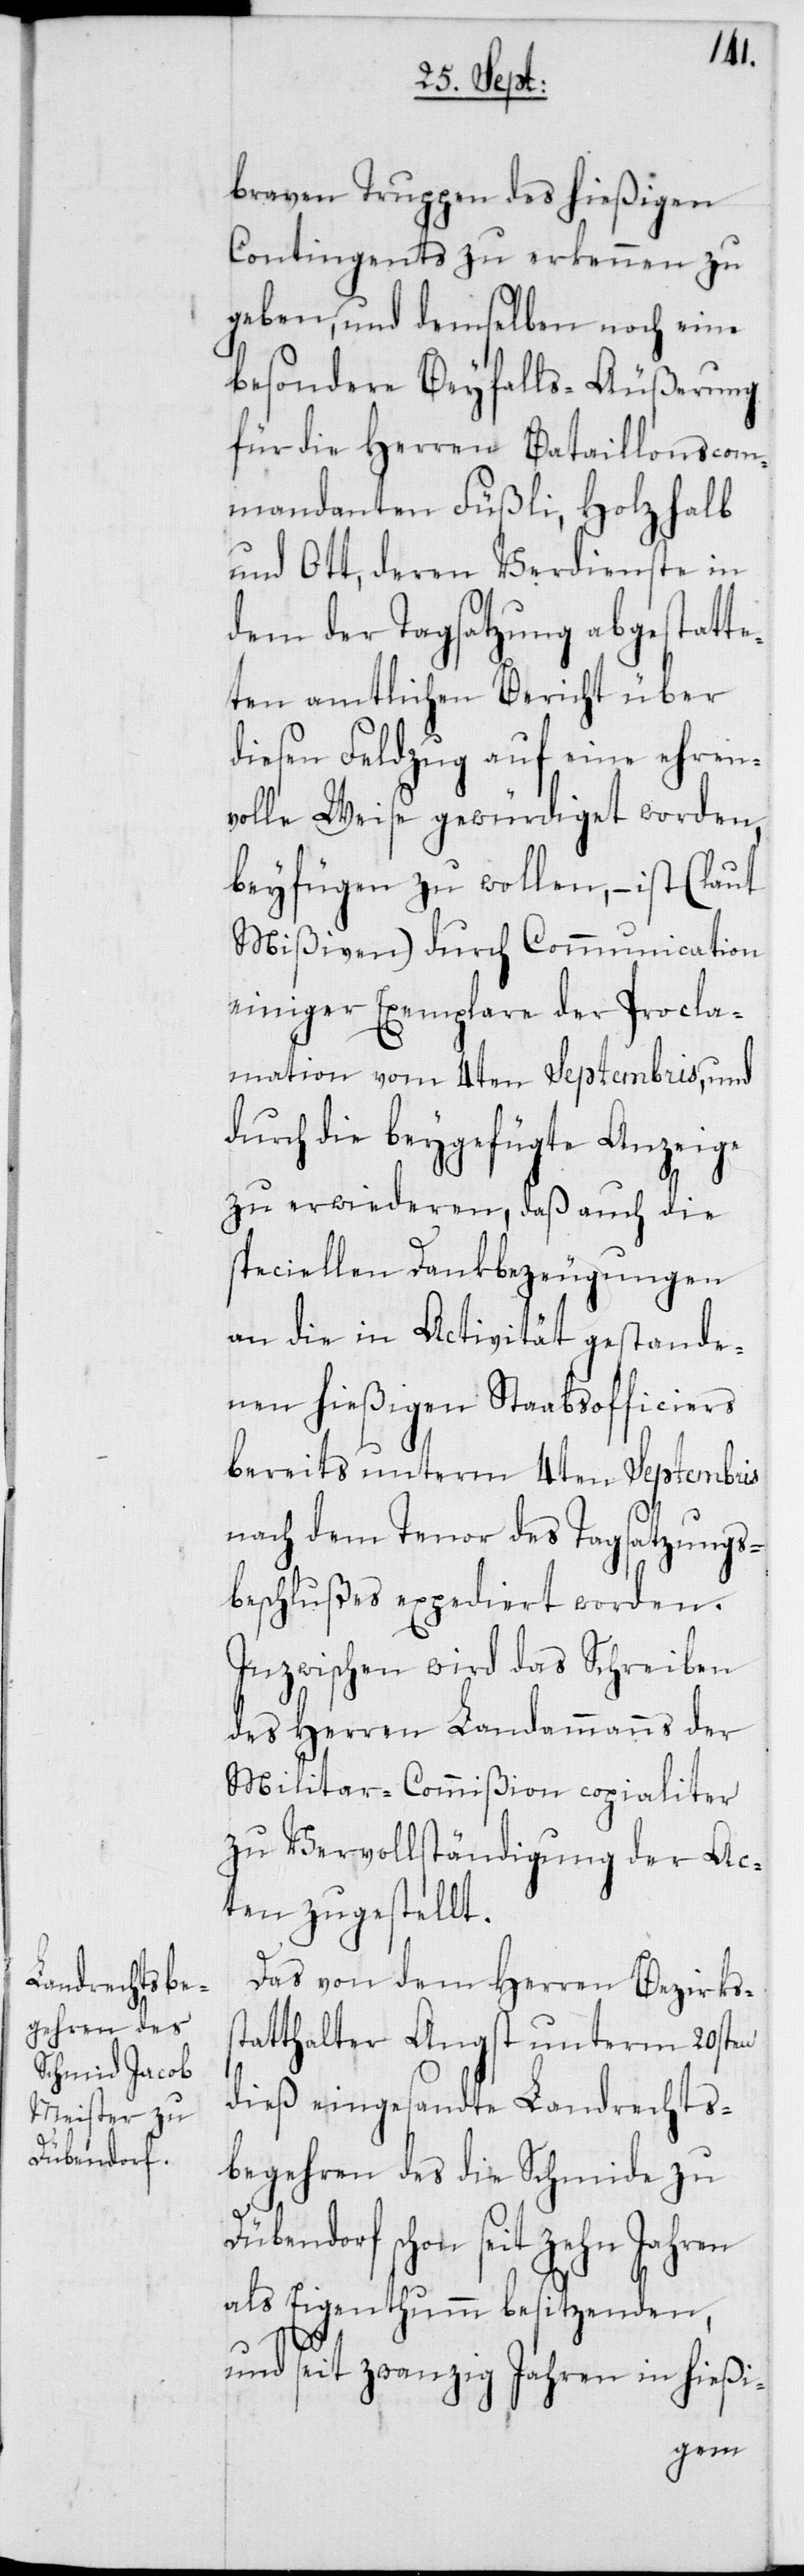
braven Truppen des hießigen
Contingents zu erkennen zu
geben, und demselben noch eine
besondere Beyfalls-Äußerung
für die Herren Bataillonscom¬
mandanten Füßli, Holzhalb
und Ott, deren Verdienste in
dem der Tagsatzung abgestatte¬
ten amtlichen Bericht über
diesen Feldzug auf eine ehren¬
volle Weise gewürdiget worden,
beyfügen zu wollen, – ist (laut
Mißiven) durch Communication
einiger Exemplare der Procla¬
mation vom 4ten Septembris, und
durch die beygefügte Anzeige
zu erwiederen, daß auch die
speciellen Dankbezeugungen
an die in Activität gestande¬
nen hießigen Stabsofficiers
bereits unterm 4ten Septembris
nach dem Tenor des Tagsatzungs¬
beschlußes expediert worden.
Inzwischen wird das Schreiben
des Herren Landammanns der
Militar-Commißion copialiter
zu Vervollständigung der Ac¬
ten zugestellt.
Das von dem Herren Bezirks¬
statthalter Angst unterm 20sten
dieß eingesandte Landrechts¬
begehren des die Schmide zu
Dübendorf schon seit zehn Jahren
als Eigenthumm besitzenden,
und seit zwanzig Jahren in hießi-